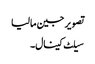
تصویر جین مالیا
سیلٹ کینال۔